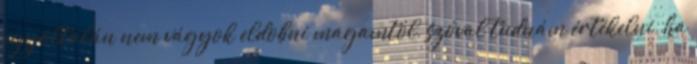
egyáltalán nem vágyok eldobni magamtól, szóval tudnám értékelni, ha